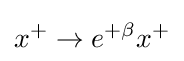
x^{+}\to e^{+\beta }x^{+}